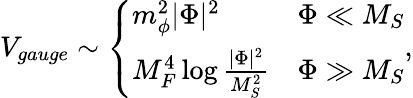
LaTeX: V_{gauge}\sim\left\{ \begin{array}{ll}{{m_{\phi}^{2}|\Phi|^{2}}}&{{\Phi\ll M_{S}}}\\ {{M_{F}^{4}\log\frac{|\Phi|^{2}}{M_{S}^{2}}}}&{{\Phi\gg M_{S}}}\end{array}\right.,